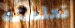
تعلمته